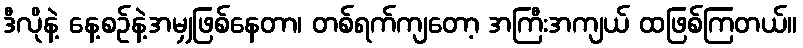
ဒီလိုနဲ့ နေ့စဉ်နဲ့အမျှဖြစ်နေတာ၊ တစ်ရက်ကျတော့ အကြီးအကျယ် ထဖြစ်ကြတယ်။